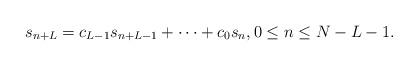
LaTeX: \begin{align*}s_{n+L}=c_{L-1}s_{n+L-1}+\dots+c_0s_n, 0\leq n\leq N-L-1.\end{align*}